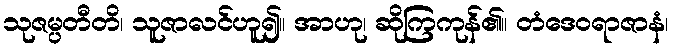
သုဇမ္ပတီတိ၊ သူဇာလင်ဟူ၍။ အာဟု၊ ဆိုကြကုန်၏။ တံဒေဝရာဇာနံ၊